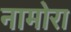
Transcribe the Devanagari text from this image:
नामोरा